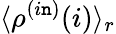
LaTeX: \langle\rho^{(i\mathtt{n})}(i)\rangle_{r}